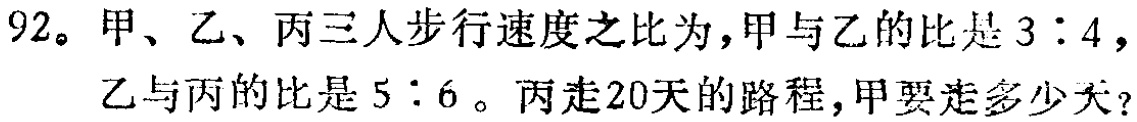
92。甲、乙、丙三人步行速度之比为，甲与乙的比是 \(3:4\)，乙与丙的比是 \(5:6\)。丙走20天的路程，甲要走多少天？